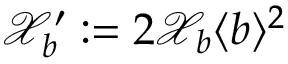
\mathcal { X } _ { b } ^ { \prime } : = 2 \mathcal { X } _ { b } \langle b \rangle ^ { 2 }